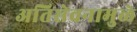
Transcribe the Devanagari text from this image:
अतिसेवनामुळे